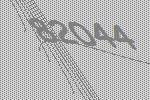
82044